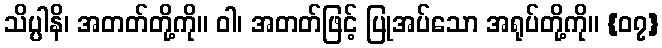
သိပ္ပါနိ၊ အတတ်တို့ကို။ ဝါ၊ အတတ်ဖြင့် ပြုအပ်သော အရုပ်တို့ကို။ {၀၇}